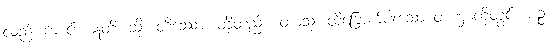
လည်းကောင်း။ ဣတိ၊ သို့။ တိဿော၊ တို့တည်း။ တာသု၊ ထိုခြောက်ပါးသော တဏှာတို့တွင်။ ပဉ္စ၊